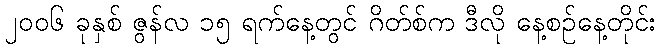
၂၀၀၆ ခုနှစ် ဇွန်လ ၁၅ ရက်နေ့တွင် ဂိတ်စ်က ဒီလို နေ့စဉ်နေ့တိုင်း